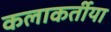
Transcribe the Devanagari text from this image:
कलाकर्तीया